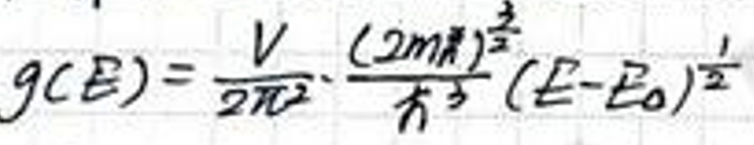
g(E)=\frac{V}{2\pi^{2}}\cdot\frac{(2m^{*})^{\frac{3}{2}}}{\hbar^{3}}(E-E_{0})^{\frac{1}{2}}